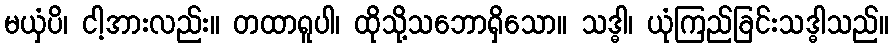
မယှံပိ၊ ငါ့အားလည်း။ တထာရူပါ၊ ထိုသို့သဘောရှိသော။ သဒ္ဓါ၊ ယုံကြည်ခြင်းသဒ္ဓါသည်။